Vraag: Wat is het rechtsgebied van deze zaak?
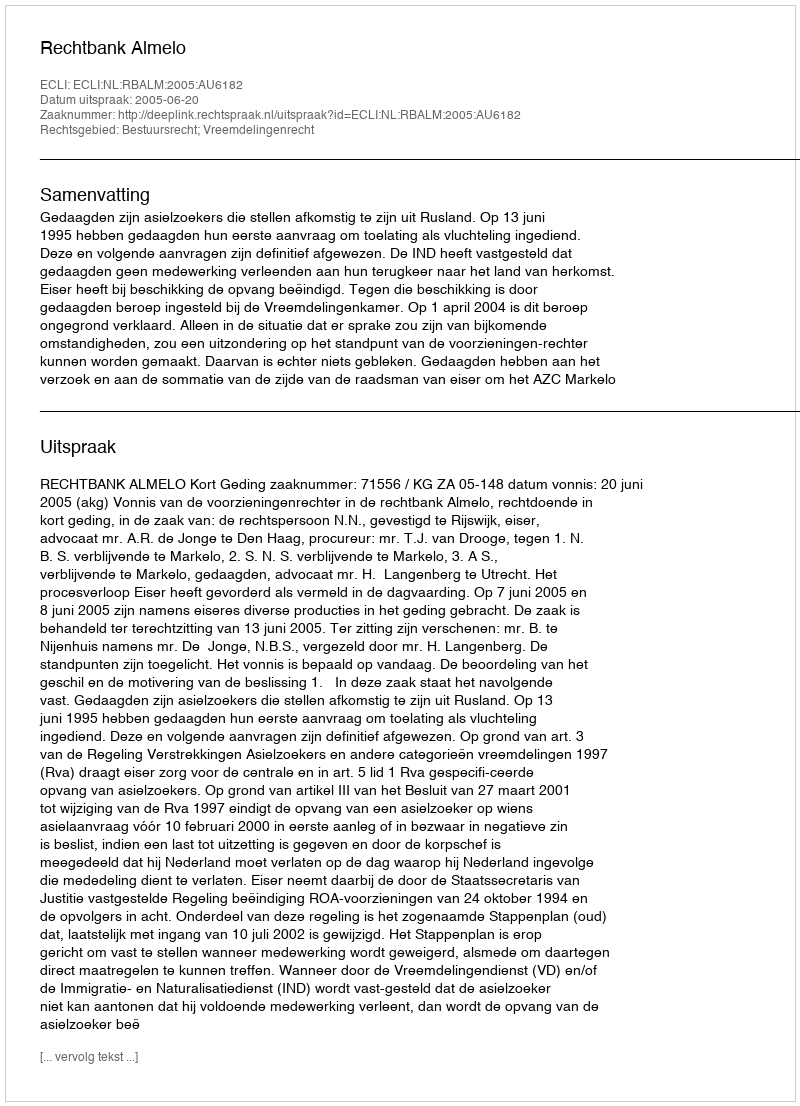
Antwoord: Bestuursrecht; Vreemdelingenrecht